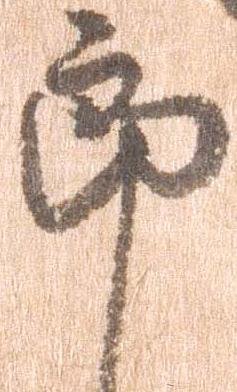
郎